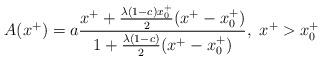
LaTeX: \begin{align*}A(x^{+})=a {x^{+} + {\lambda (1-c)x^{+}_{0} \over 2} (x^{+}-x^{+}_{0}) \over1+{\lambda (1-c)\over 2}(x^{+}-x^{+}_{0})}, \ x^+>x^+_0\end{align*}